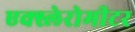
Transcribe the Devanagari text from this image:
एक्स्लेरोमीटर